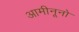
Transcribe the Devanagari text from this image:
आमीनूनो